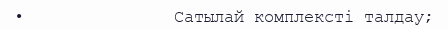
•               Сатылай комплексті талдау;